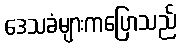
ဒေသခံများကပြောသည်